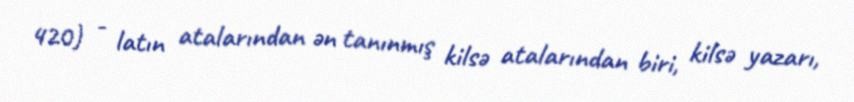
420) - latın atalarından ən tanınmış kilsə atalarından biri, kilsə yazarı,